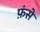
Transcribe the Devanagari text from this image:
फ़ंसे